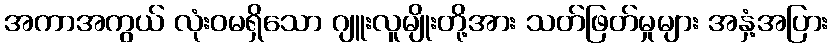
အကာအကွယ် လုံးဝမရှိသော ဂျူးလူမျိုးတို့အား သတ်ဖြတ်မှုများ အနှံ့အပြား